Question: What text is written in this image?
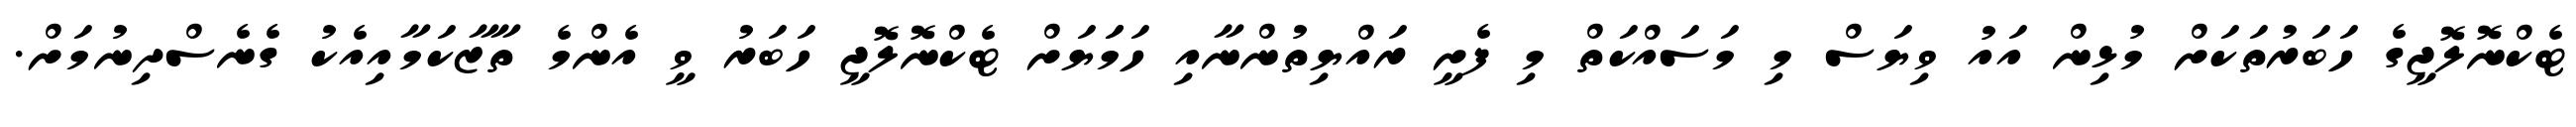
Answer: ޓެކްނޮލޮޖީގެ ހަބަރުތަކަށް މުޅިން އައު ވިޔަސް މި މަސައްކަތް މި ފެށީ ރައްޔިތުންނާއި ހަމަަޔަށް ޓެކްނޮލޮޖީ ހަބަރު ވީ އެންމެ ތާޒާކަމާއިއެކު ގެނެސްދިނުމަށް.